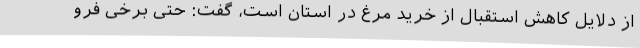
از دلایل کاهش استقبال از خرید مرغ در استان است، گفت: حتی برخی فرو